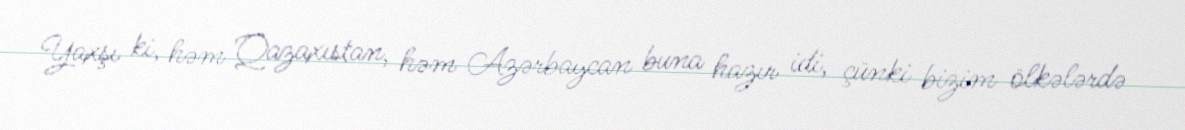
Yaxşı ki, həm Qazaxıstan, həm Azərbaycan buna hazır idi, çünki bizim ölkələrdə